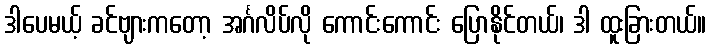
ဒါပေမယ့် ခင်ဗျားကတော့ အင်္ဂလိပ်လို ကောင်းကောင်း ပြောနိုင်တယ်၊ ဒါ ထူးခြားတယ်။